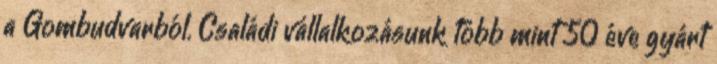
a Gombudvarból. Családi vállalkozásunk több mint 50 éve gyárt